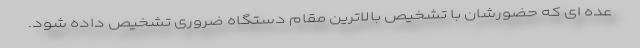
عده ای که حضورشان با تشخیص بالاترین مقام دستگاه ضروری تشخیص داده شود.